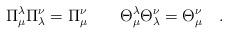
LaTeX: \begin{align*}\Pi _{\mu }^{\lambda }\Pi _{\lambda }^{\nu }=\Pi {}_{\mu }^{\nu }\qquad\Theta _{\mu }^{\lambda }\Theta _{\lambda }^{\nu }=\Theta {}_{\mu }^{\nu}\quad .\end{align*}